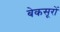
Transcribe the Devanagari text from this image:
बेकसूरों